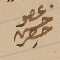
عضو حسن حصِر